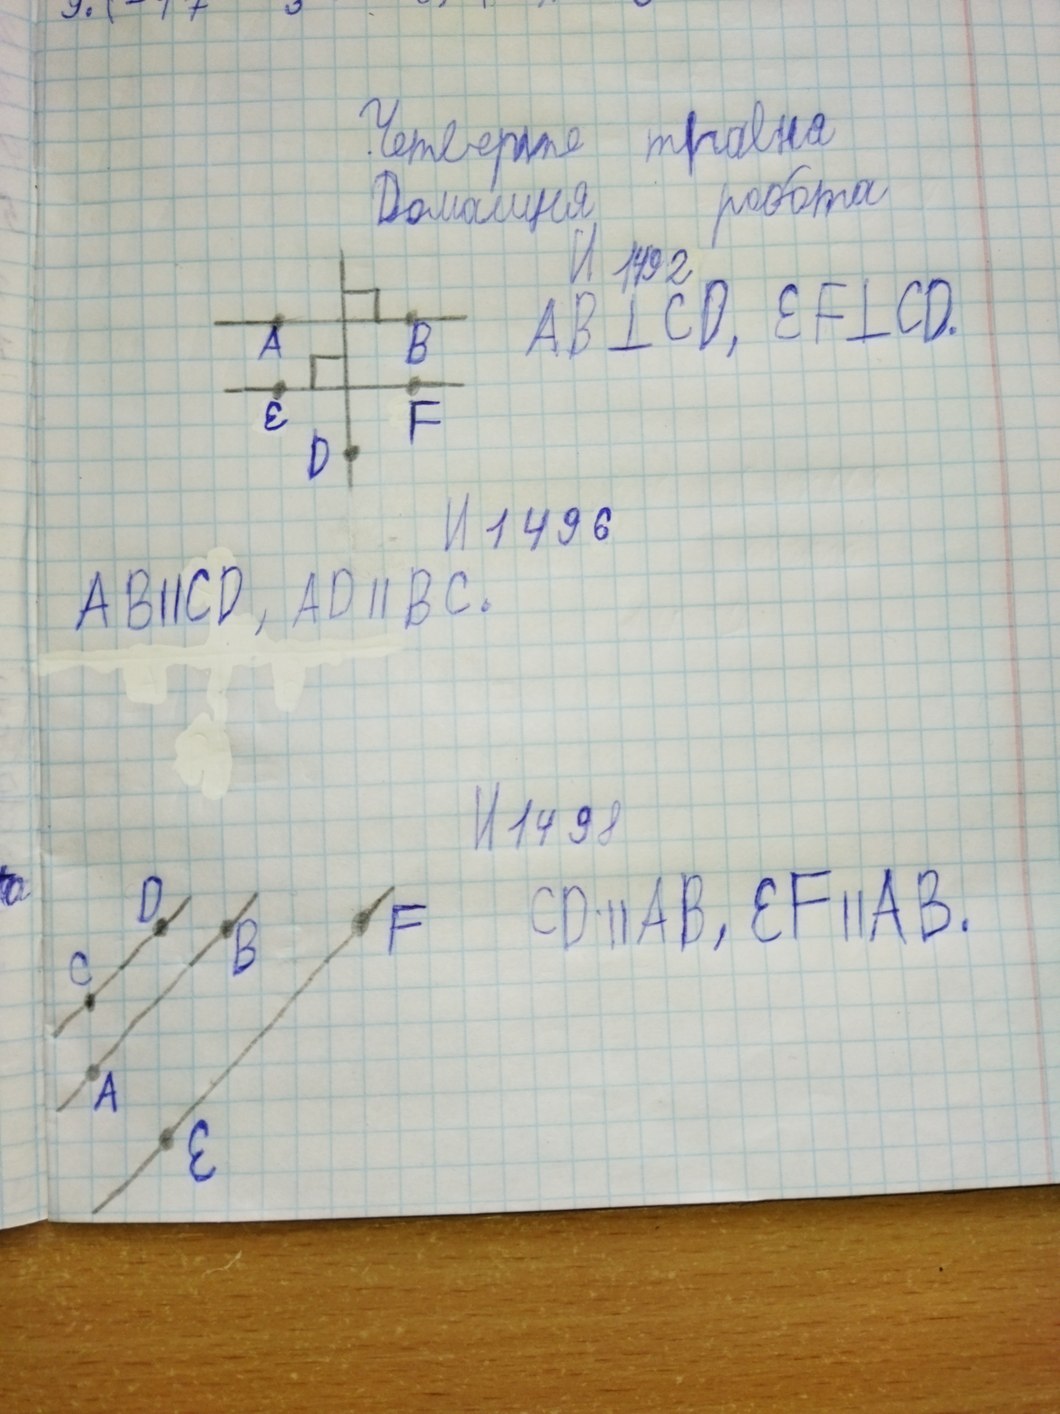
Четверте травня
Домашня робота
№ 1492
AB ∘ CD, EF ∘ CD.
№ 1496
AB||CD, AD||BC.
№ 1498
CD || AB, EF || AB.